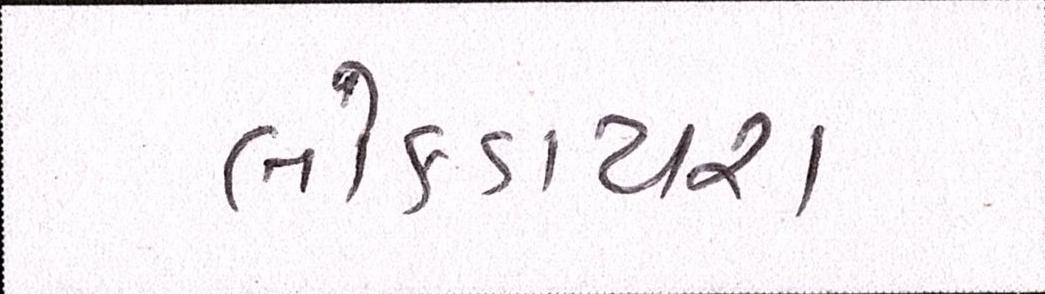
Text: લોકડાયરા